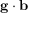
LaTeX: \mathbf { g } \cdot \mathbf { b }